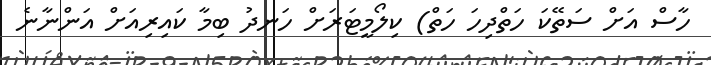
ހާސް އަށް ސަތޭކަ ހަތްދިހަ ހަތް) ކިލޯމީޓަރަށް ހަނދު ބިމާ ކައިރިއަށް އަންނާނެ